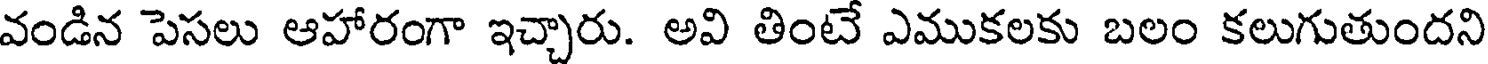
వండిన పెసలు ఆహారంగా ఇచ్చారు. అవి తింటే ఎముకలకు బలం కలుగుతుందని